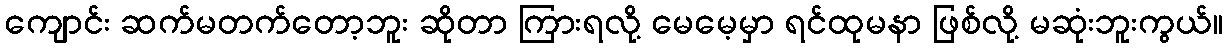
ကျောင်း ဆက်မတက်တော့ဘူး ဆိုတာ ကြားရလို့ မေမေ့မှာ ရင်ထုမနာ ဖြစ်လို့ မဆုံးဘူးကွယ်။